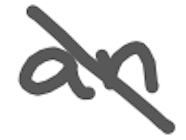
Text: an
Cross-out: diagonal
Writing tool: digital_gray